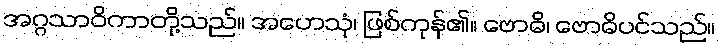
အဂ္ဂသာဝိကာတို့သည်။ အဟေသုံ၊ ဖြစ်ကုန်၏။ ဗောဓိ၊ ဗောဓိပင်သည်။